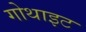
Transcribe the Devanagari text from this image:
गोथाइट